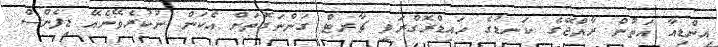
އިންޑިއާ އަތުން ރާއްޖޭގެ ކަނޑުގެ ހައިޑްރޮގްރަފީ ޗާރޓް ގަންނަގޮތަށް އެކަން ނުކުރެވޭނެއޭ ޑިފެންސް